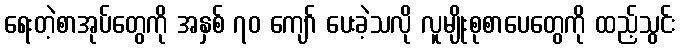
ရေးတဲ့စာအုပ်တွေကို အနှစ် ၇၀ ကျော် ပေးခဲ့သလို လူမျိုးစုစာပေတွေကို ထည့်သွင်း